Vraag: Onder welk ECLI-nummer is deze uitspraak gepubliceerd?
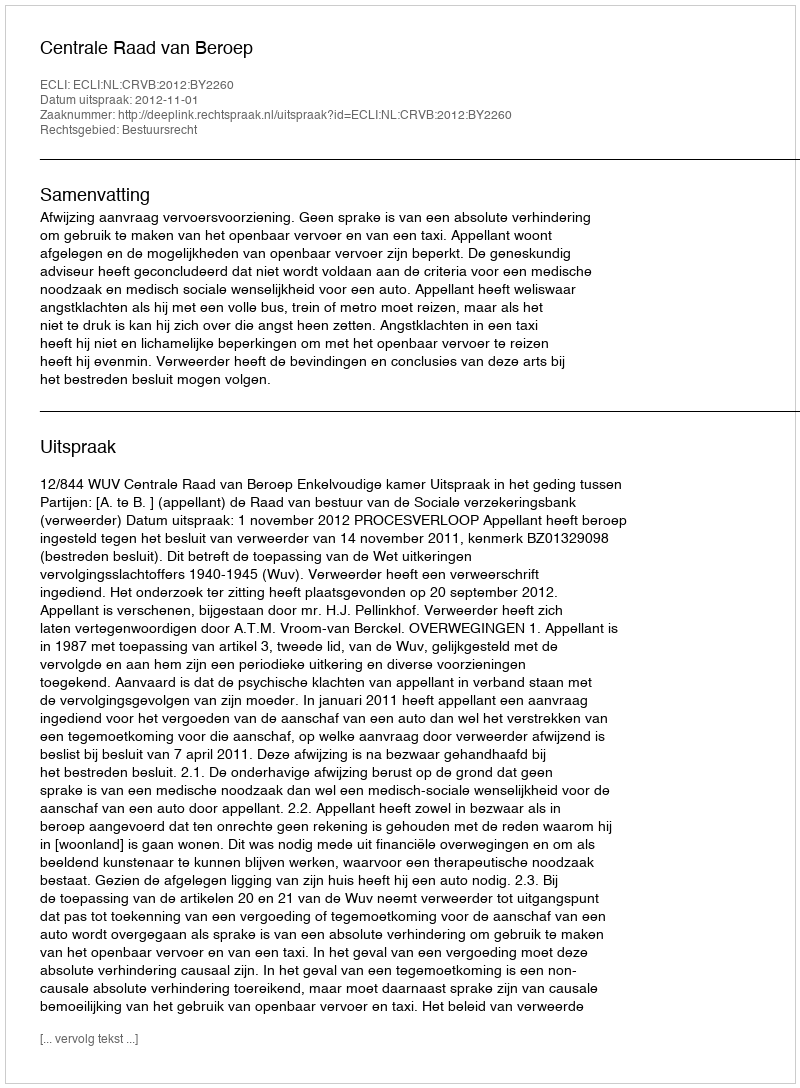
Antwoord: ECLI:NL:CRVB:2012:BY2260